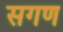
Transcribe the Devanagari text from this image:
सगण